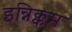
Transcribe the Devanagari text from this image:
इन्निक्कम